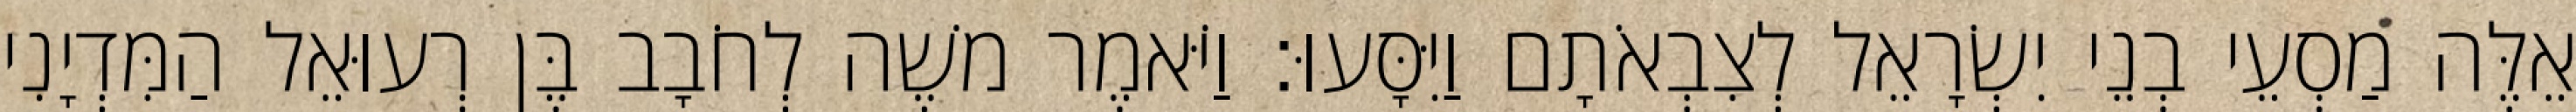
אֵלֶּה מַסְעֵי בְנֵי יִשְׂרָאֵל לְצִבְאֹתָם וַיִּסָּעוּ׃ וַיֹּאמֶר משֶׁה לְחֹבָב בֶּן רְעוּאֵל הַמִּדְיָנִי